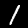
Digit: 1